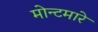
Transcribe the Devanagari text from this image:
मोन्टमारे